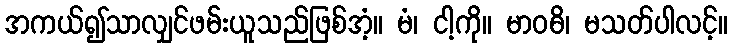
အကယ်၍သာလျှင်ဖမ်းယူသည်ဖြစ်အံ့။ မံ၊ ငါ့ကို။ မာဝဓိ၊ မသတ်ပါလင့်။